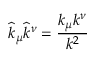
\widehat { k } _ { \mu } \widehat { k } ^ { \nu } = \frac { k _ { \mu } k ^ { \nu } } { k ^ { 2 } }